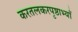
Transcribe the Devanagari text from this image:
करतलकरपृष्ठाभ्याँ